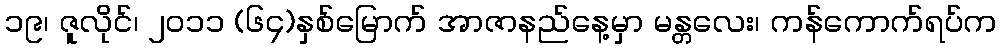
၁၉၊ ဇူလိုင်၊ ၂၀၁၁ (၆၄)နှစ်မြောက် အာဇာနည်နေ့မှာ မန္တလေး၊ ကန်ကောက်ရပ်က